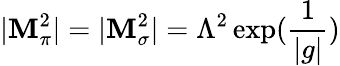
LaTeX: |\mathbf{M}_{\pi}^{2}|=|\mathbf{M}_{\sigma}^{2}|=\Lambda^{2}\exp(\frac{{1}}{{|g|}})